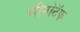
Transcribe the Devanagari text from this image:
सीनोटॅफ